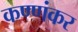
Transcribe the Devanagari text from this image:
कण्णंकर